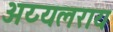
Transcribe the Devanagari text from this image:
अय्यलराय